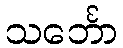
သင်္ဘော